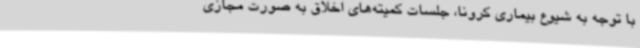
با توجه به شیوع بیماری کرونا، جلسات کمیته‌های اخلاق به صورت مجازی